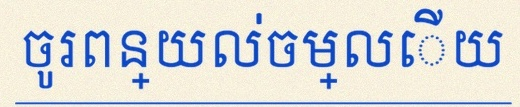
ចូរពន្យល់ចម្លើយ